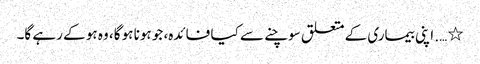
٭ …. اپنی بیماری کے متعلق سوچنے سے کیا فائدہ، جو ہونا ہو گا، وہ ہو کے رہے گا۔